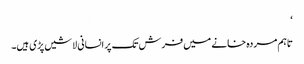
‘
تاہم مردہ خانے میں فرش تک پر انسانی لاشیں پڑی ہیں۔